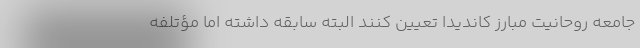
جامعه روحانیت مبارز کاندیدا تعیین کنند البته سابقه داشته اما مؤتلفه